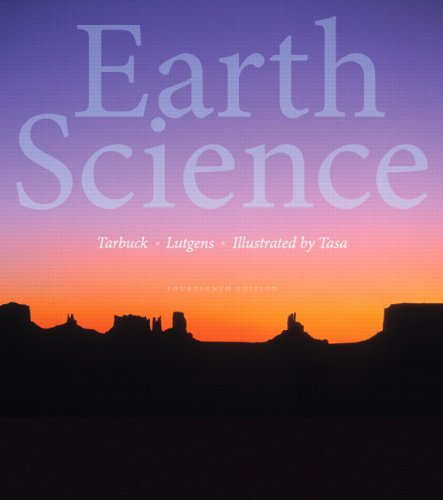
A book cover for Earth Science (14th Edition); Edward J. Tarbuck; Science & Math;